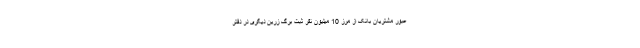
عبور مشتریان بانک از مرز 10 میلیون نفر ثبت برگ زرین دیگری در دفتر